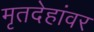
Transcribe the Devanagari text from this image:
मृतदेहांवर